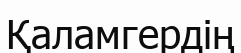
Қаламгердің